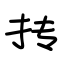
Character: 抟